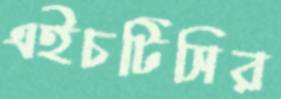
এইচটিসির